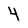
Character: 4